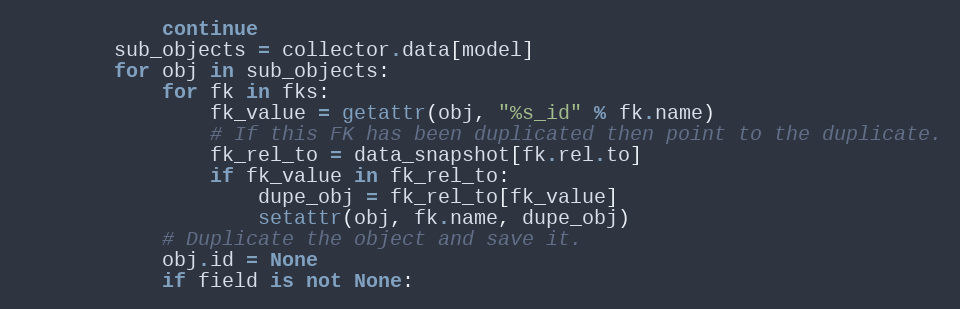
Language: Python
            continue
        sub_objects = collector.data[model]
        for obj in sub_objects:
            for fk in fks:
                fk_value = getattr(obj, "%s_id" % fk.name)
                # If this FK has been duplicated then point to the duplicate.
                fk_rel_to = data_snapshot[fk.rel.to]
                if fk_value in fk_rel_to:
                    dupe_obj = fk_rel_to[fk_value]
                    setattr(obj, fk.name, dupe_obj)
            # Duplicate the object and save it.
            obj.id = None
            if field is not None: